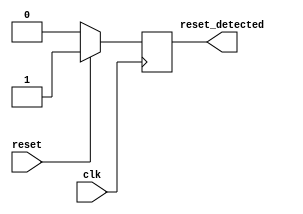
module synchronous_reset_detector (
    input wire clk,          // Clock signal
    input wire reset,        // Active-high asynchronous reset signal
    output reg reset_detected // Output indicating reset condition
);

// Always block triggered on the rising edge of the clock
always @(posedge clk) begin
    if (reset) begin
        // If reset is high, set reset_detected high
        reset_detected <= 1'b1;
    end else begin
        // If reset is low, clear reset_detected
        reset_detected <= 1'b0;
    end
end

endmodule